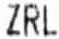
ZRL